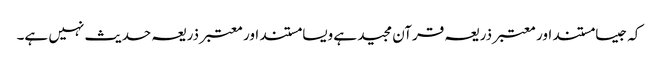
کہ جیسا مستند اور معتبر ذریعہ قرآن مجید ہے ویسا مستند اور معتبر ذریعہ حدیث نہیں ہے۔